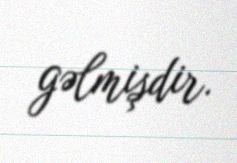
gəlmişdir.